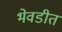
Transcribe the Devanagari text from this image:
भेवडीत